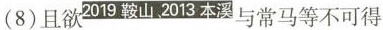
(8)且欲2019鞍山、2013本溪与常马等不可得